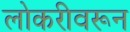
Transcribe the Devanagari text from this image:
लोकरीवरून